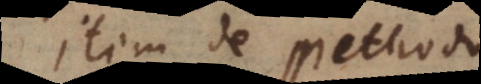
Item de methodo